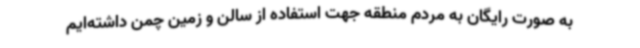
به صورت رایگان به مردم منطقه جهت استفاده از سالن‌ و زمین چمن داشته‌ایم